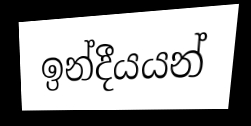
ඉන්දීයයන්